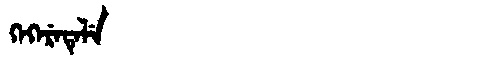
Manchu: ᡴᡝᡴᡝᡵᡝᡨᡝᠯᡝ
Romanization: KEKERETELE